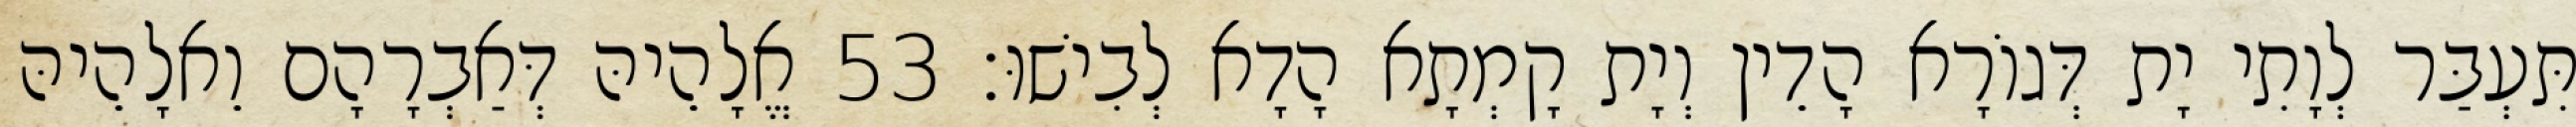
תִּעְבַּר לְוָתִי יָת דְּגוֹרָא הָדֵין וְיָת קָמְתָא הָדָא לְבִישׁוּ׃ 53 אֱלָהֵיהּ דְּאַבְרָהָם וֵאלָהֵיהּ